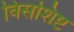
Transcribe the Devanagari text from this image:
विसशिष्ट